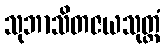
သုဘာသိတဇယသုတ္တံ